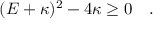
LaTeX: ( { \cal E } + \kappa ) ^ { 2 } - 4 \kappa \geq 0 \quad .